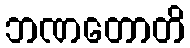
ဘဏတောတိ